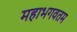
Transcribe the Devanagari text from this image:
महाभगवतम